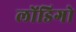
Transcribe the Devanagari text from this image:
लोंडिगो